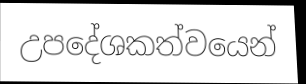
උපදේශකත්වයෙන්